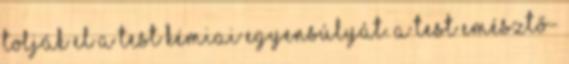
tolják el a test kémiai egyensúlyát. A test emésztő-